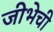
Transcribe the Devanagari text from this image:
जीभेची